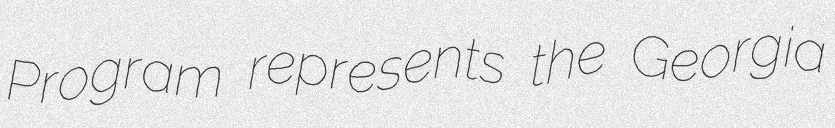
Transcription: Program represents the Georgia